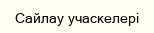
Сайлау учаскелері